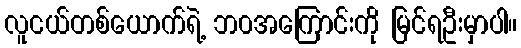
လူငယ်တစ်ယောက်ရဲ့ ဘ၀အကြောင်းကို မြင်ရဦးမှာပါ။